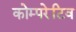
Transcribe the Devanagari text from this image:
कोम्परेटिव